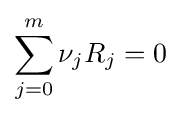
\sum _{j=0}^{m}\nu _{j}R_{j}=0